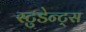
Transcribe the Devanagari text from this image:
स्टुडेन्ट्स